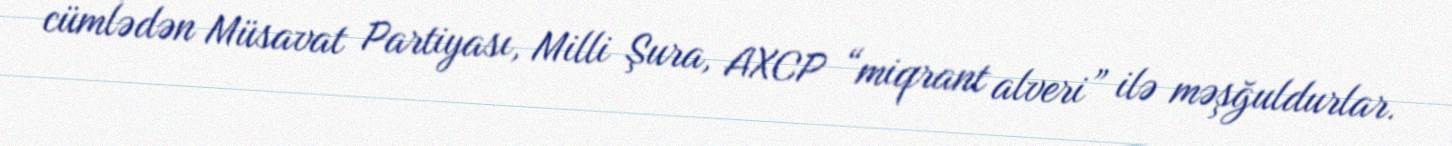
cümlədən Müsavat Partiyası, Milli Şura, AXCP “miqrant alveri” ilə məşğuldurlar.